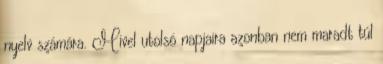
nyelv számára. Mivel utolsó napjaira azonban nem maradt túl